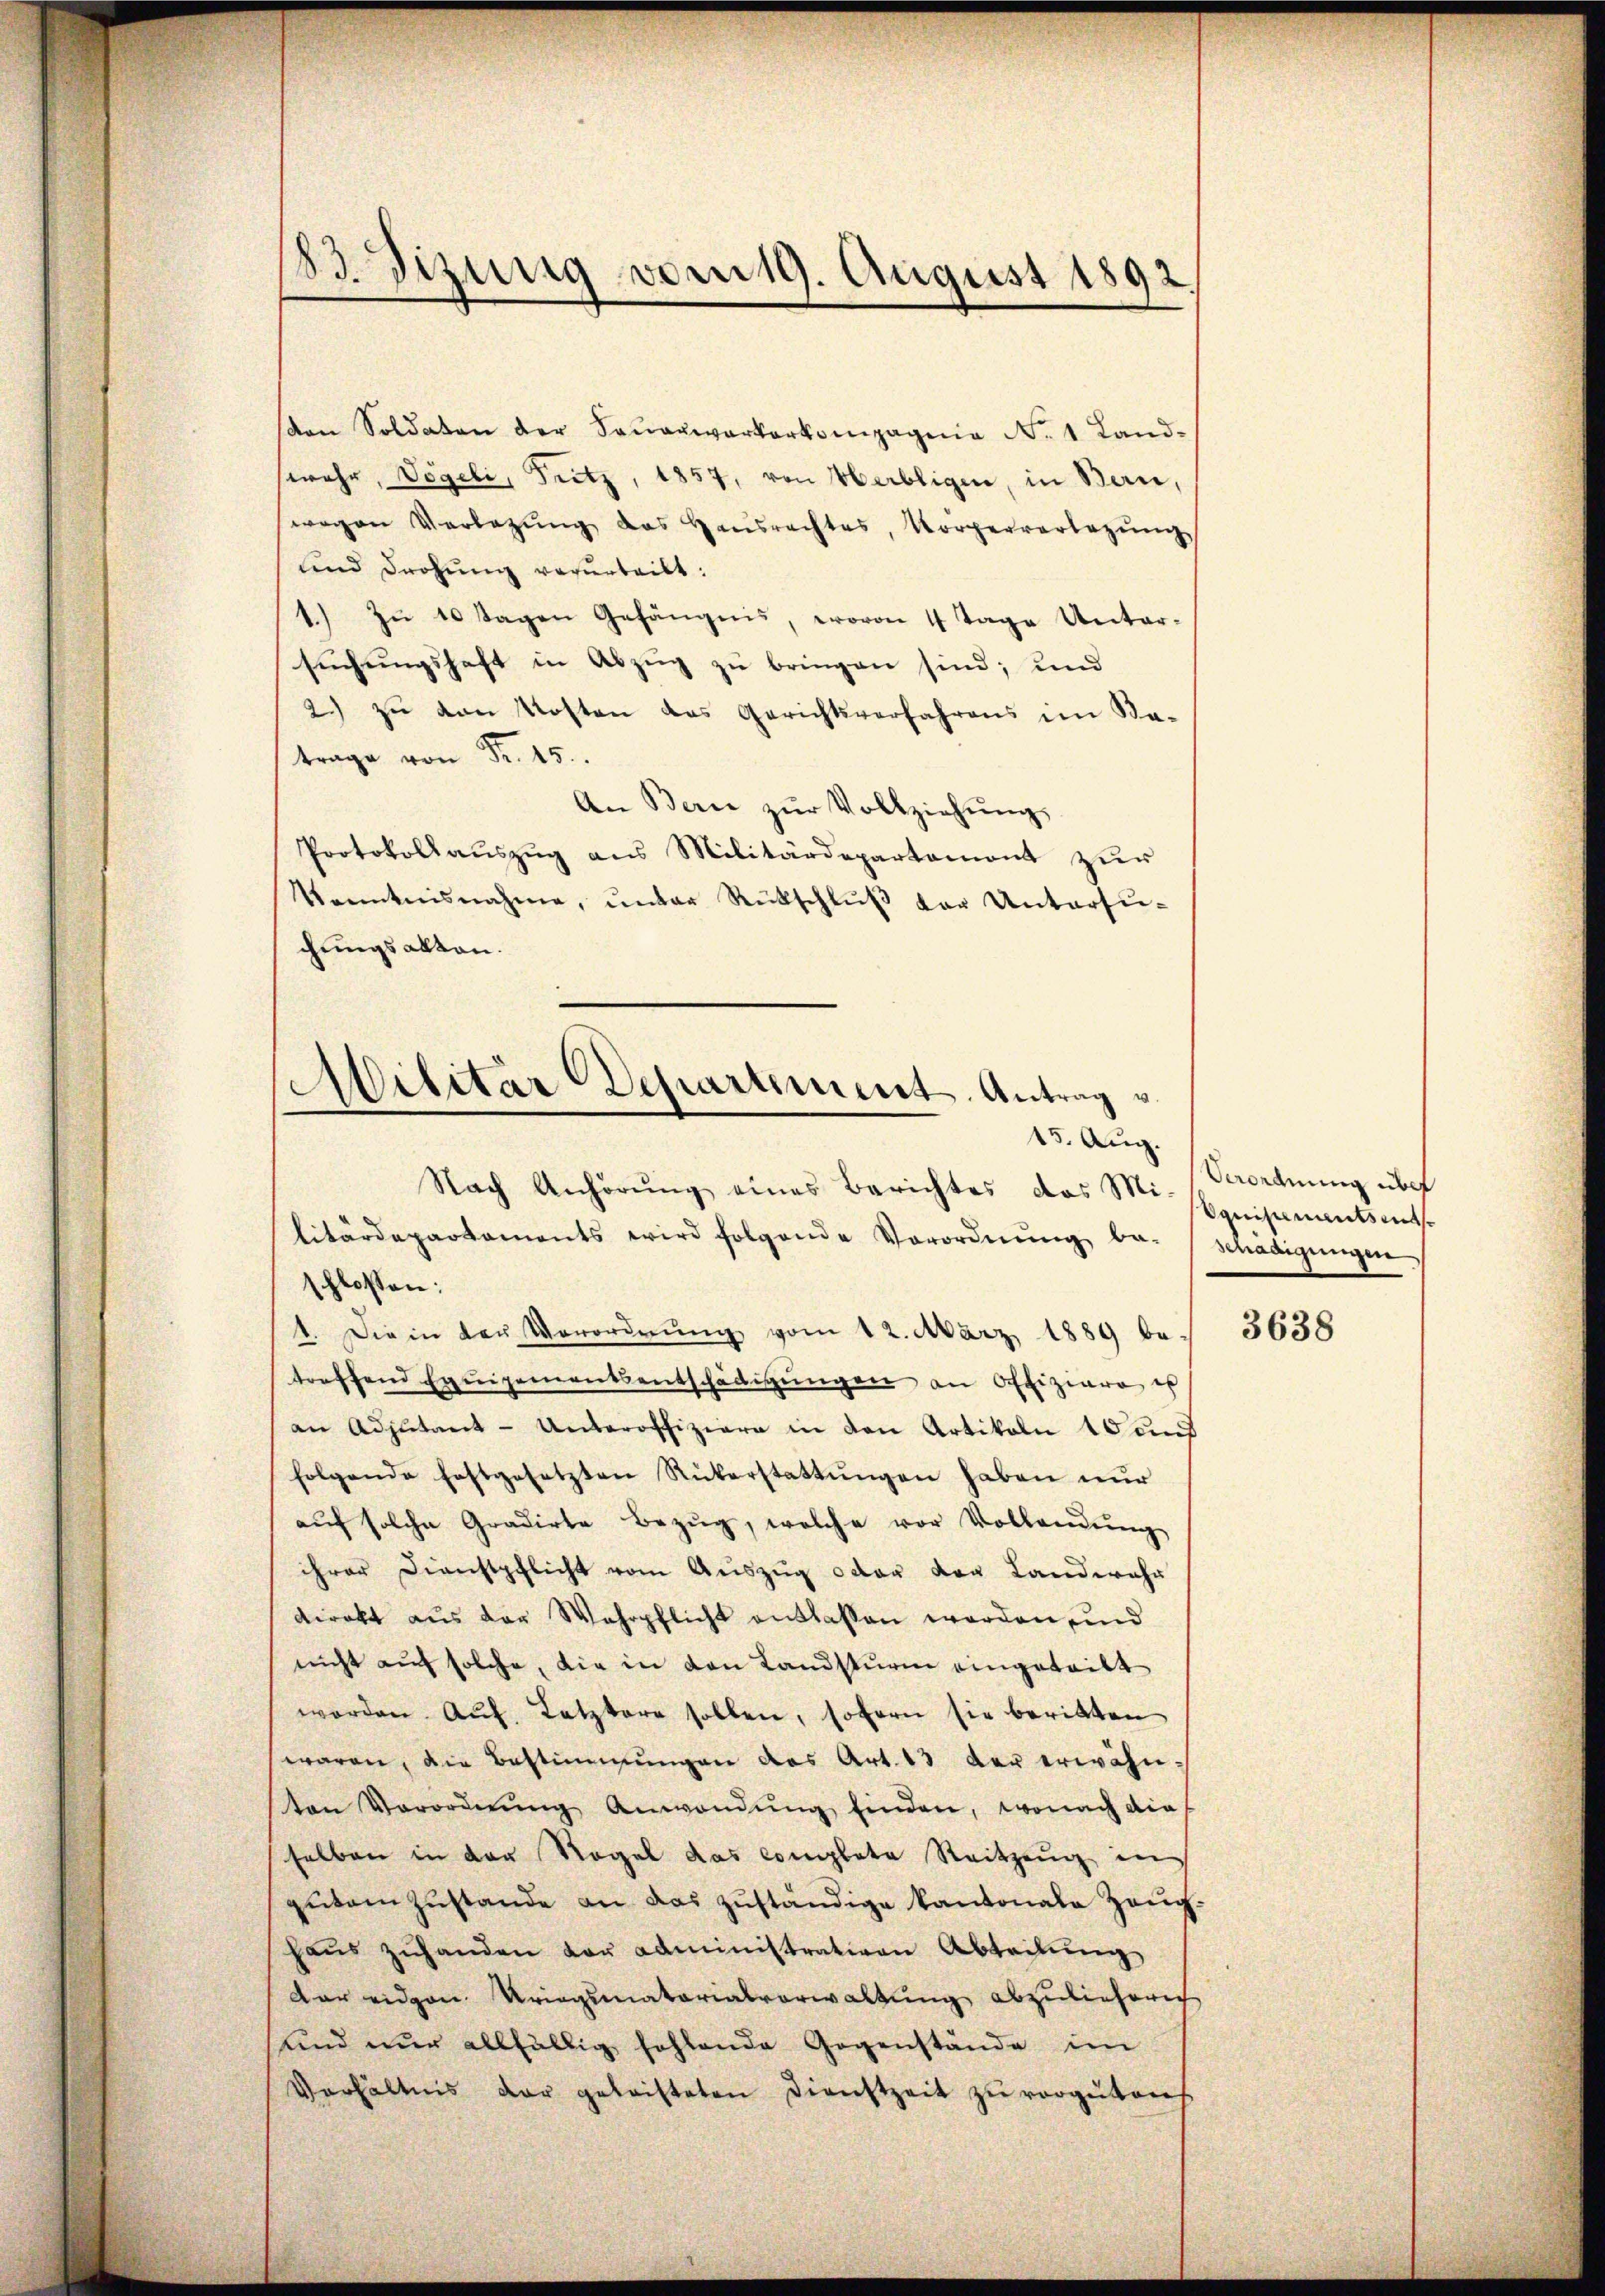
183. Sizung vom 19. August 1892

den Soldaten der Feŭerwerkerkompagnie No. 1 Land-
wahr, Vögeli, Fritz, 1857, von Verbligen, in Bern,
wegen Verlegŭng das Haŭsrechtes, Vorgerverlegŭng
und Drohung verurteilt:
1.) Zu 10 Tagen Gefängnis, wovon 4 Tage Untersuchungshaft in Abzug zu bringen sind; und
2. zŭ von Kosten das Gerichtsverfahrens im Ka-
trage von Fr. 15.
An Bern zŭr Vollziehŭng
Protokollauszug aus Militärdepartement zur
kanntnisnahme, ŭnter Rückschlŭβ der Untersuchungsakten.

)
.
Alitar Departement. Antrag v.
13. Aug.
Nach Anhörŭng eines Berichtes das Mi-

litärdepartaments wird folgende Verordnŭng beschädigŭngen
schlossen:
1. Die in der Verordnung vom 12. März 1889 betreffend Equipementsentschädigungen an Offiziare es
an Adjutant-Unteroffiziere in den Artikeln 10 anf
folgende festgesetzten Rükerstattungen haben nur
aŭf solche Gradirte Bezŭg, welche vor Vollandŭng
ihrer Dienstpflicht vom Auszug oder von Landwehr
direkt aus der Wahrpflicht entlassen worden, und
nicht auf solche, die in den Landsturm eingeteilt
worden. Aŭf. Letztere sollen, sofern sie beritten
waren, die Bestimmungen das Art. 13 der erwähnten Verordnŭng Anwendŭng finden, wonach die
selben in der Regel das complete Reitzeŭg in
gutem Zustande an das zuständige Kantonale Zeughaŭs zŭhanden vor administrativen Abteilung
dar eidgen. Krieginatarialverwaltung abzuliefern
und nur allfällig fehlende Gegenstände im
Verhältnis der geleisteten Dienstzeit zŭ vergüten.

Verordnung über
Sonistenantsent.

3638